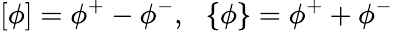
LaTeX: \left[\phi\right]=\phi^{+}-\phi^{-},~~\left\{ \phi\right\} =\phi^{+}+\phi^{-}